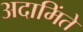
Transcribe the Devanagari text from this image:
अदामिंते